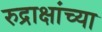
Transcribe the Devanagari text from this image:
रुद्राक्षांच्या